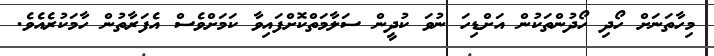
މިހާތަނަށް ހޯދި ހޯދުންތަކުން އަށްޑިހަ ނުވަ ކުދީން ސަލާމަތްކޮށްފައިވާ ކަމަށްވެސް އެފަރާތުން ހާމަކުރެއެވެ.